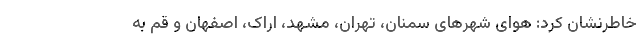
خاطرنشان کرد: هوای شهرهای سمنان، تهران، مشهد، اراک، اصفهان و قم به